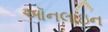
ઑનલાઇન